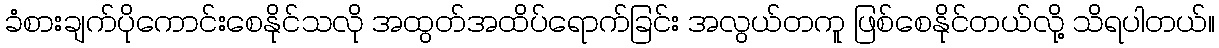
ခံစားချက်ပိုကောင်းစေနိုင်သလို အထွတ်အထိပ်ရောက်ခြင်း အလွယ်တကူ ဖြစ်စေနိုင်တယ်လို့ သိရပါတယ်။